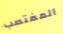
المغتصب